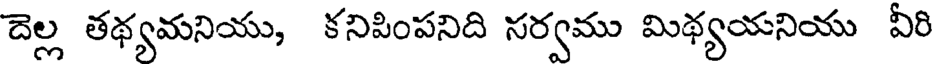
దెల్ల తథ్యమనియు, కనిపింపనిది సర్వము మిథ్యయనియు వీరి